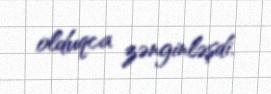
olduqca zənginləşdi.